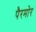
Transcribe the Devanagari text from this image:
पैरमोर